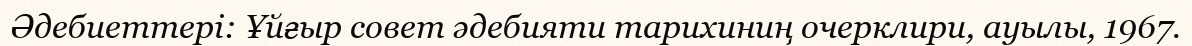
Әдебиеттері: Ұйғыр совет әдебияти тарихиниң очерклири, ауылы, 1967.